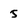
Character: 5